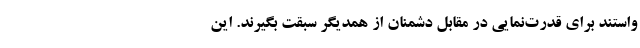
واستند برای قدرت‌نمایی در مقابل دشمنان از همدیگر سبقت بگیرند. این